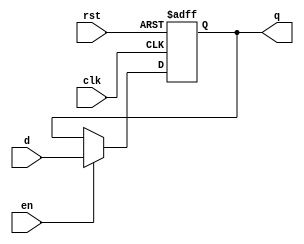
module InputRegister #(
    parameter WIDTH = 8  // Parameter to define the width of the input data
)(
    input wire clk,        // Clock signal
    input wire rst,        // Asynchronous reset signal
    input wire en,         // Enable signal
    input wire [WIDTH-1:0] d, // Data input
    output reg [WIDTH-1:0] q  // Data output
);

    // Asynchronous reset
    always @(posedge clk or posedge rst) begin
        if (rst) begin
            q <= {WIDTH{1'b0}};  // Clear output to zero
        end else if (en) begin
            q <= d;  // Capture the input data
        end
    end

endmodule